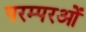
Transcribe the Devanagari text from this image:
परम्परओं